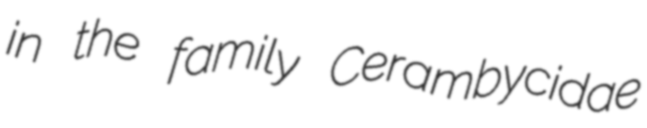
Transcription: in the family Cerambycidae